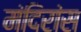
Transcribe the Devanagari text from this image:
मंदिरांस